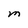
Character: M